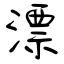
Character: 漂